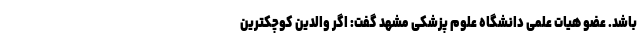
باشد. عضو هیات علمی دانشگاه علوم پزشکی مشهد گفت: اگر والدین کوچکترین